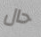
حال